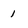
Character: 1